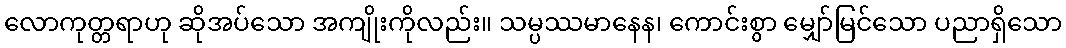
လောကုတ္တရာဟု ဆိုအပ်သော အကျိုးကိုလည်း။ သမ္ပဿမာနေန၊ ကောင်းစွာ မျှော်မြင်သော ပညာရှိသော